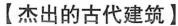
【杰出的古代建筑】